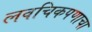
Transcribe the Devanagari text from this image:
लवचिकपणाचा